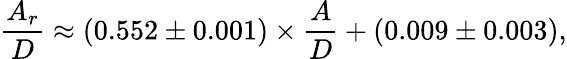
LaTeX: \frac{A_{r}}{D}\approx\left(0.552\pm 0.001\right)\times\frac{A}{D}+\left(0.009\pm 0.003\right),